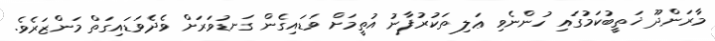
މާރަންދޫ ޚަތީބުކަމުގައި ހުންނެވި ޢަލި ތަކުރުފާނު އުތީމަށް ވަޑައިގެން ގަނޑުވަރަށް ވެދެވަޑައިގަތް މަންޒަރެވެ.